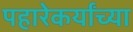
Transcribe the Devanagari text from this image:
पहारेकर्यांच्या